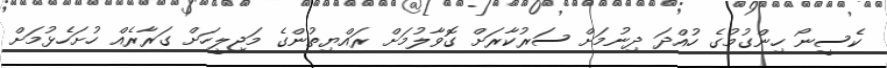
ކެސީނޯ ހިންގުމުގެ ހުއްދަ ދިނުމަށް ސަރުކާރަށް ގޮވާލުމަށް ރައްޔިތުންގެ މަޖިލީހަށް ގަރާރެއް ހުށަހެޅުމަށް